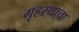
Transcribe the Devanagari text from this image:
गृहस्थाचा